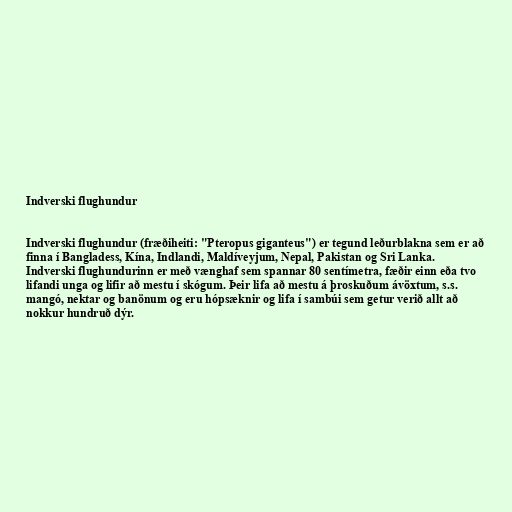
Indverski flughundur

Indverski flughundur (fræðiheiti: "Pteropus giganteus") er tegund leðurblakna sem er að
finna í Bangladess, Kína, Indlandi, Maldíveyjum, Nepal, Pakistan og Sri Lanka.
Indverski flughundurinn er með vænghaf sem spannar 80 sentímetra, fæðir einn eða tvo
lifandi unga og lifir að mestu í skógum. Þeir lifa að mestu á þroskuðum ávöxtum, s.s.
mangó, nektar og banönum og eru hópsæknir og lifa í sambúi sem getur verið allt að
nokkur hundruð dýr.